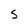
Character: S